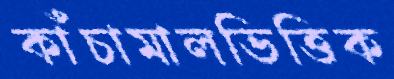
কাঁচামালভিত্তিক